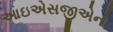
આઇએસજીએનો